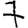
Digit: 7